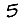
Digit: 5